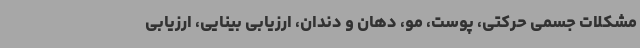
مشکلات جسمی حرکتی، پوست، مو، دهان و دندان، ارزیابی بینایی، ارزیابی